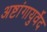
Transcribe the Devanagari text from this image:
अष्टांगायुर्वेद